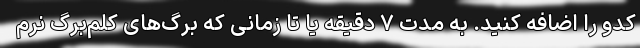
کدو را اضافه کنید. به مدت ۷ دقیقه یا تا زمانی که برگ‌های کلم‌برگ نرم